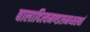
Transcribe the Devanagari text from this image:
बालादित्यमण्डलमध्यस्थां